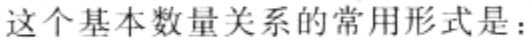
这个基本数量关系的常用形式是：